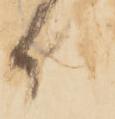
付